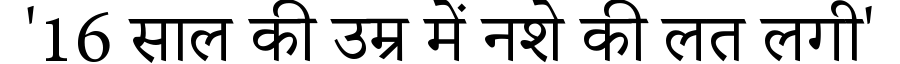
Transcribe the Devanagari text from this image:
'16 साल की उम्र में नशे की लत लगी'